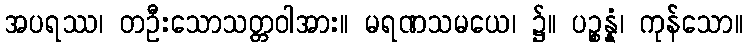
အပရဿ၊ တဦးသောသတ္တဝါအား။ မရဏသမယေ၊ ၌။ ပဉ္စန္နံ၊ ကုန်သော။